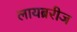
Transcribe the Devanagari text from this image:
लायब्ररीज